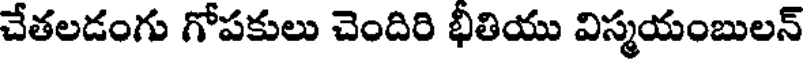
చేతలడంగు గోపకులు చెందిరి భీతియు విస్మయంబులన్